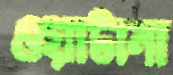
ওয়াটানা